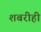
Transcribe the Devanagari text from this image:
शबरीही